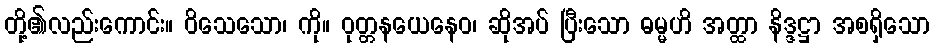
တို့၏လည်းကောင်း။ ဝိသေသော၊ ကို။ ဝုတ္တနယေနေဝ၊ ဆိုအပ် ပြီးသော ဓမ္မဟိ အတ္ထာ နိဒ္ဒဋ္ဌာ အစရှိသော